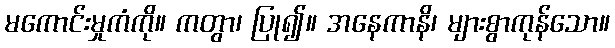
မကောင်းမှုကံကို။ ကတွာ၊ ပြု၍။ အနေကာနိ၊ များစွာကုန်သော။